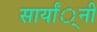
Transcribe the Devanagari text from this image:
सार्यां्नी